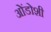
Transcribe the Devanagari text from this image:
ओंडोशी